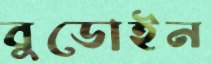
বুডোইন